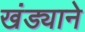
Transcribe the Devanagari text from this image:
खंड्याने